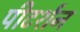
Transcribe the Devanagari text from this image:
पीटर्शन